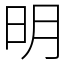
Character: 明